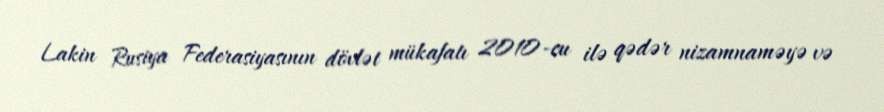
Lakin Rusiya Federasiyasının dövlət mükafatı 2010-cu ilə qədər nizamnaməyə və